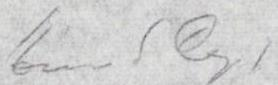
Eino S. Repo